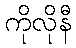
ကိုလိုနီ